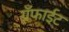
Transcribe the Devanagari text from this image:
ग्रॅफाईट